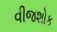
વીજશોક